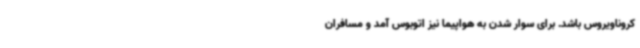
کروناویروس باشد. برای سوار شدن به هواپیما نیز اتوبوس آمد و مسافران